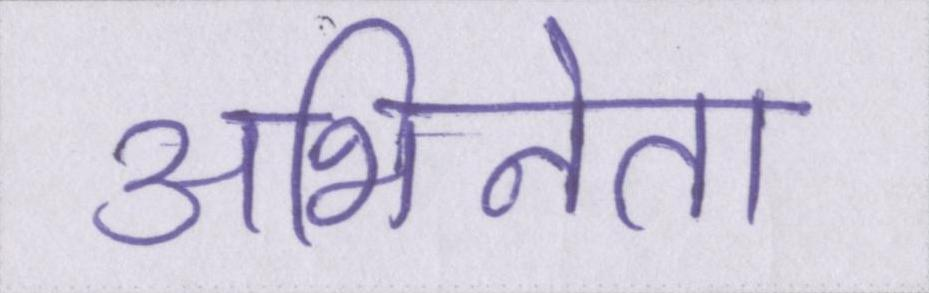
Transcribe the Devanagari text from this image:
अभिनेता